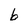
Character: b